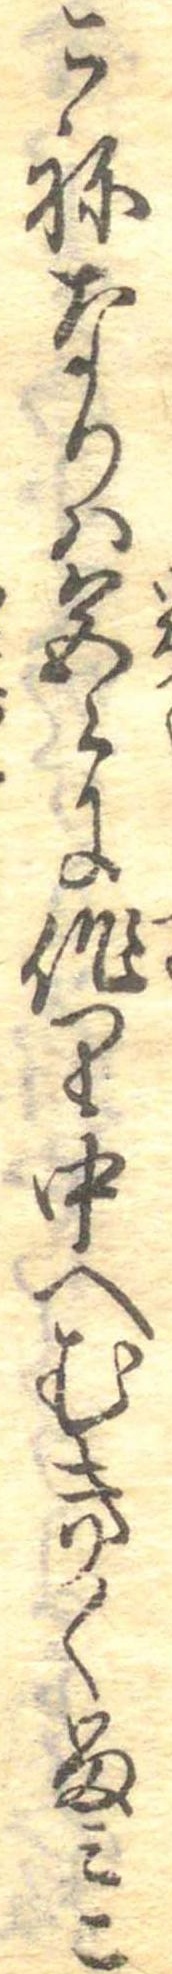
こねなりは色〻に作り中へむきくるみこ